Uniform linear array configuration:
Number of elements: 4
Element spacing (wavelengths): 1
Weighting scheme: cosine
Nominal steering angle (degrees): -45
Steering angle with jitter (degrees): -44.814
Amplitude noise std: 0.05
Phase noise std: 0.05

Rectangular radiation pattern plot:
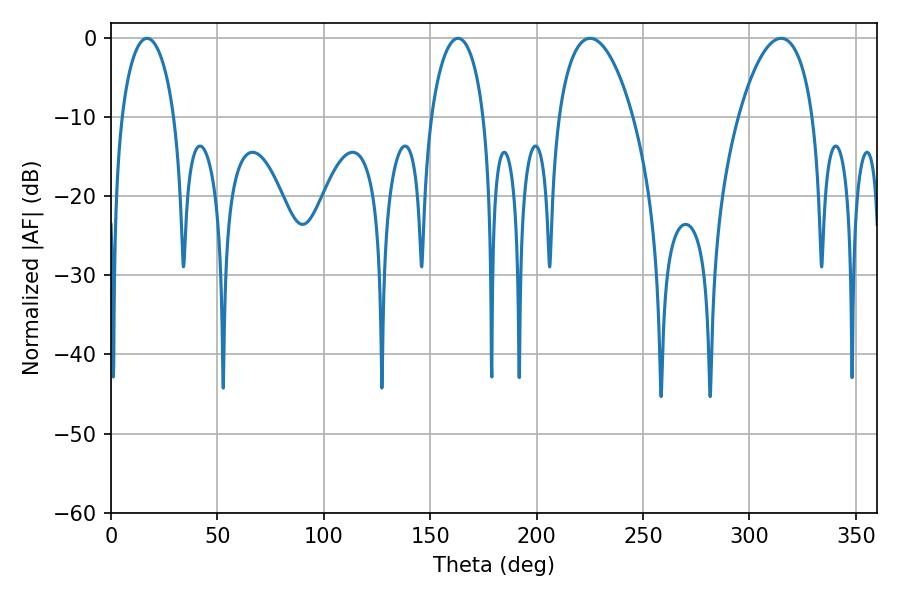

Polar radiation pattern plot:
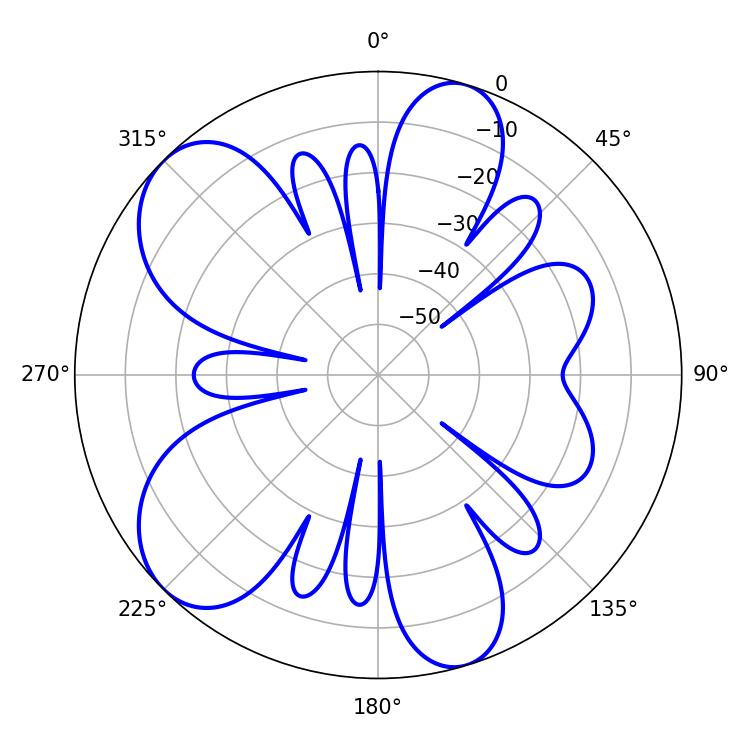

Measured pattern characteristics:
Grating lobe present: TRUE
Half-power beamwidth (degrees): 14.22
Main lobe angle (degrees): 16.92